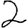
Digit: 2